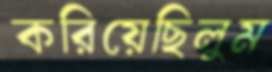
করিয়েছিলুম